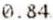
0.84